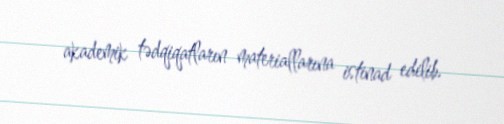
akademik tədqiqatların materiallarına istinad edilib.